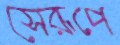
সেরূপে